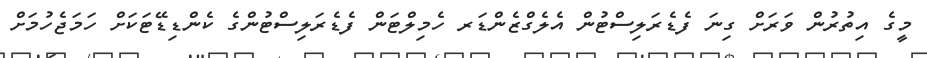
މީގެ އިތުުރުން ވަރަށް ގިނަ ފެޑެރަލިސްޓުން އެލެގްޒެންޑަރ ހެމިލްޓަން ފެޑެރަލިސްޓުންގެ ކެންޑިޑޭޓަކަށް ހަމަޖެހުމަށް